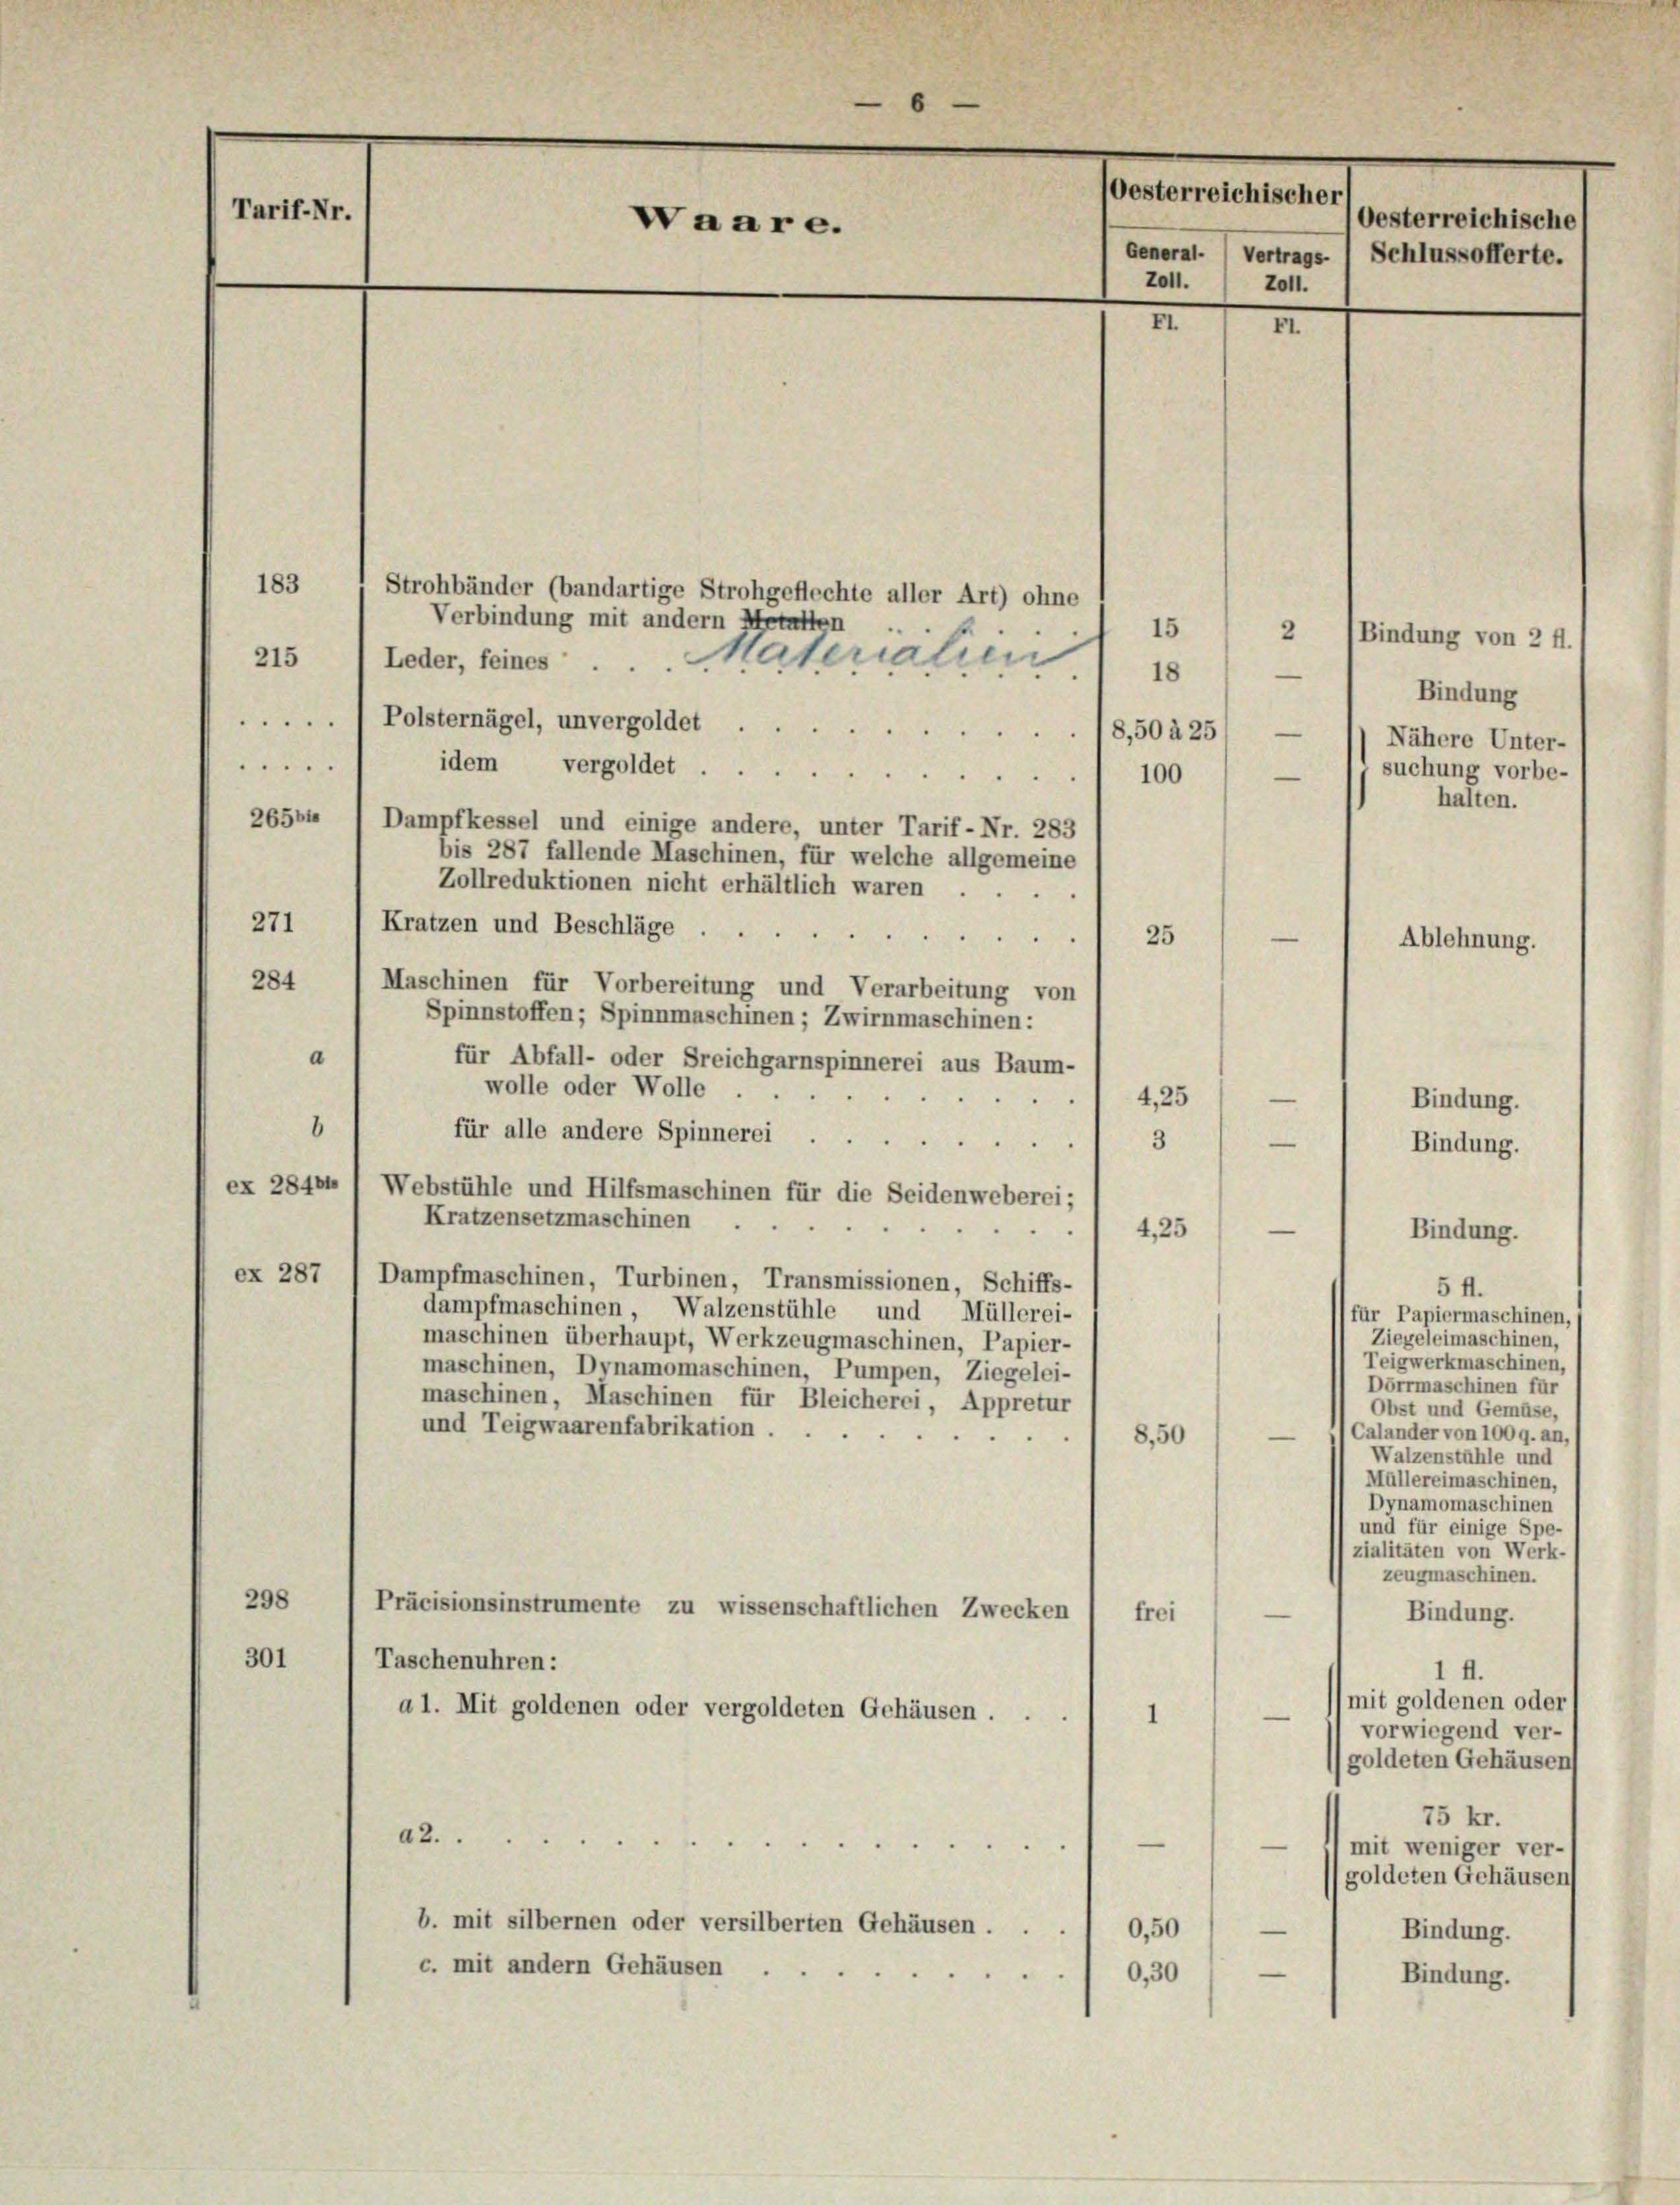
Oesterreichischer
Tarif-Nr.
Oesterreichische
Waare.
General- (Vertrags 1 Schlussofferte.
Z011.
Zo11.
EI. 1 Fr.
183
Strohbänder (bandartige Strohgeflechte aller Art) ohne
Verbindung mit andern Metaffen
15  2 (Bindung von 2 fl.
Leder, seines Materialien
215

18
—
.1 Polsternagel, unvergoldet.
18,504251 —
.
idem vergoldet.

26564, 1 Dampfkessel und einige andere, unter Tarif-Nr. 283
bis 287 fallende Maschinen, für welche allgemeine
Zollreduktionen nicht erhältlich waren
271
Kratzen und Beschläge
25
e
284
Maschinen für Vorbereitung und Verarbeitung von
Spinnstoffen; Spinnmaschien ; Zwirnmaschinen:
a
für Abfall- oder Sreichgarnspinnerei aus Baum-
wolle oder Wolle
4,25
8
für alle andere Spinnerei
3

ex 2846 l Webstühle und Hilfsmaschinen für die Seidenweberei;
Kratzensetzmaschinen
—
4,25
ex 287 / Dampfmaschinen, Turbinen, Transmissionen, Schiffs-
5 fl.
dampfmaschinen, Walzenstühle und Müllerei-
für Papiermaschinen,
Ziegeleimaschinen,
maschinen überhaupt, Werkzeugmaschinen, Papier-
Teigwerkmaschinen,
maschinen, Dynamomaschinen, Pumpen, Ziegelei-
Dörrmaschinen für
maschinen, Maschinen für Bleicherei, Appretur
Obst und Gemüse,
und Teigwaarenfabrikation.
Calander von 1009. an,
8,50
—
Walzenstühle und
Müllereimaschinen,
Dynamomaschinen
und für einige Spe-
zialitäten von Werk-
zeugmaschinen.
298
Präcisionsinstrumente zu wissenschaftlichen Zwecken
Bindung.
frei
—
301
Taschenuhren:
1 f.
mit goldenen oder
a 1. Mit goldenen oder vergoldeten Gehäusen.
—
1
vorwiegend ver-
(goldeten Gehäusen
75 kr.
a

—
a
—
mit weniger ver-
goldeten Gehäusent
b. mit silbernen oder versilberten Gehäusen . .
0,50) —
Bindung.
c. mit andern Gehäusen
0,30/
Bindung.

6

Bindung
Nähere Unter-
100) — (j suchung vorbe-
halten.
—
Ablehnung.
—
Bindung.
Bindung.
Bindung.